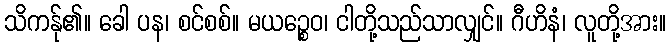
သိကန်ု၏။ ခေါ ပန၊ စင်စစ်။ မယဉ္စေဝ၊ ငါတို့သည်သာလျှင်။ ဂီဟိနံ၊ လူတို့အား။